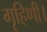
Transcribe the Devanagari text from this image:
गृहिणी।